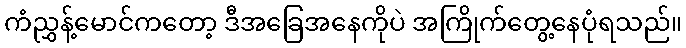
ကံညွှန့်မောင်ကတော့ ဒီအခြေအနေကိုပဲ အကြိုက်တွေ့နေပုံရသည်။